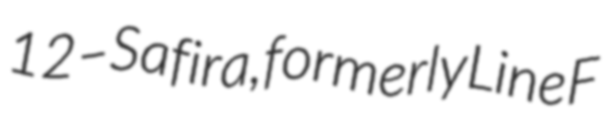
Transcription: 12–Safira, formerly Line F